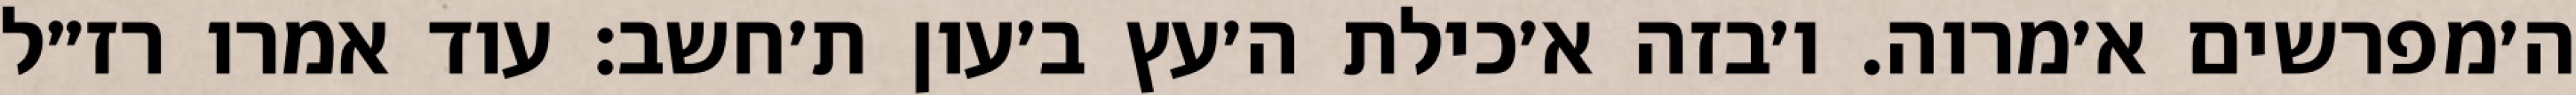
ה׳מפרשים א׳מרוה. ו׳בזה א׳כילת ה׳עץ ב׳עון ת׳חשב: עוד אמרו רז״ל